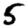
Digit: 5